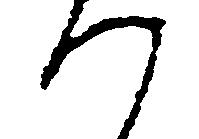
つ